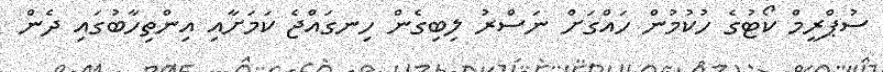
ސުޕްރީމް ކޯޓުގެ ހުކުމުން ހައްގަށް ނަސްރު ލިބިގެން ހިނގައްޖެ ކަމަށާއި އިންތިހާބުގައި ދެން